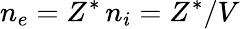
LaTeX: n_{e}=Z^{*}\, n_{i}=Z^{*}/V